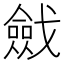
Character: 𢨔